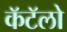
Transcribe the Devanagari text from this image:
कॅटॅलो